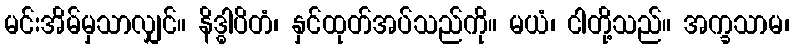
မင်းအိမ်မှသာလျှင်။ နိဒ္ဓါပိတံ၊ နှင်ထုတ်အပ်သည်ကို။ မယံ၊ ငါတို့သည်။ အက္ခသာမ၊